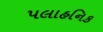
પલાહનિક